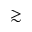
\gtrsim